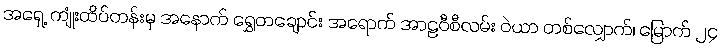
အရှေ့ ကျုံးထိပ်တန်းမှ အနောက် ရွှေတချောင်း အရောက် အာဠဝီစီလမ်း ဝဲယာ တစ်လျှောက်၊ မြောက် ၂၄